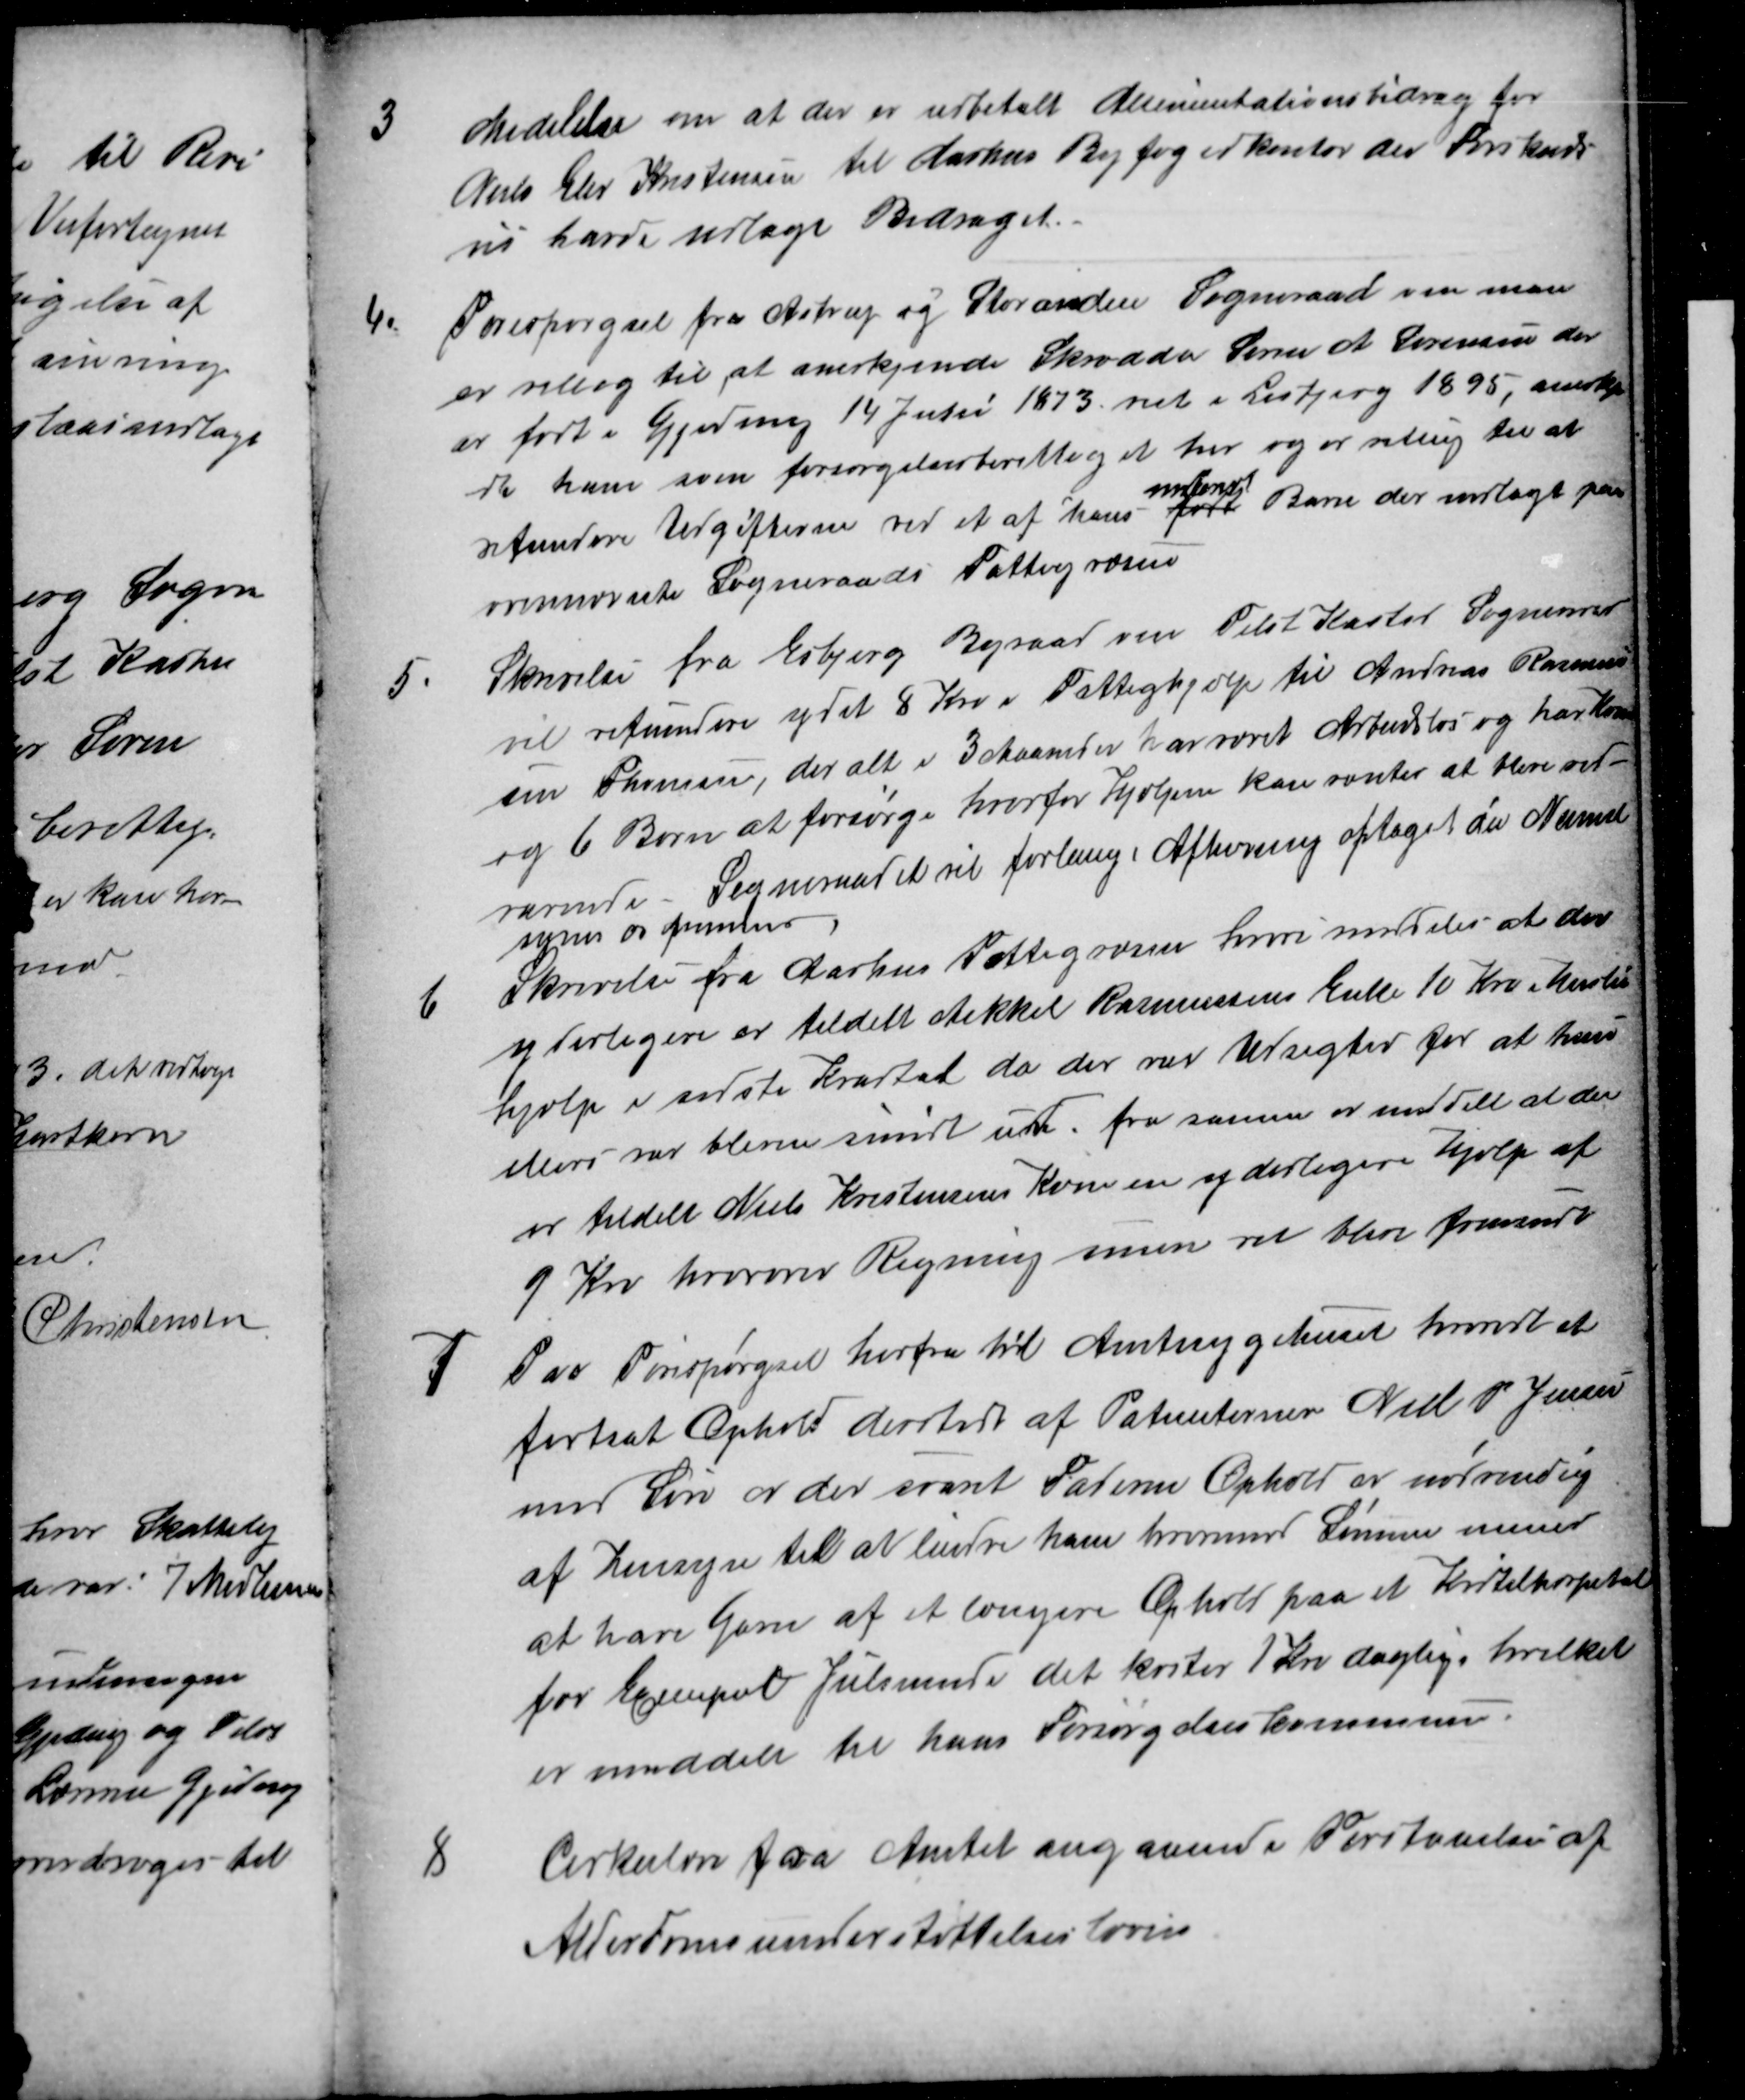
Transskription:
3
Medelelse om at der er udbetalt Alimentationsbidrag for
Niels Eler Kristensen til Aarhus Byfogedkontor der Forskuds-
vis havde udlagt Bidraget.
4.
Forespørgsel fra Astrup og Storarden Sogneraad om man
er villig til at anerkjende Skrædder Søren A. Sørensen der
er født i Gjeding 14 Juli 1873 viet i Lisbjerg 1895, anerkjen
dte ham som forsørgelsesberettiget her og er villig til at 
refundere Udgifterne ved et af hans født 
mindste
Børn der indlagt paa
ovennævnte Sogneraads Fattigvæsen
5
Skrivelse fra Esbjerg Byraad om Tilst Kasted Sogneraad
vil refundere ydet 8 Kro i Fattighjælp til Andreas Rasmus
sen Thomsen, der alt i 3 Maaneder har været Arbejdsløs og har Kone
og 6 Børn at forsørge hvorfor Hjælpen kan ventes at blive ved-
varende. Sogneraadet vil forlange Afhøring optaget da Navnet
synes os fremmed
6
Skrivelse fra Aarhus Fattigvæsen hvori meddeles at der
yderligere er tildelt Mikkel Rasmussens Enke 10 Kro Husleie-
hjælp i sidste Kvartal da der var Udsigter for at hun
ellers var bleven smidt ud. fra samme er meddelt at der
er tildelt Niels Kristensens Kone en yderligere Hjælp af 
9 Kro hvorover Regning som vil blive fremsendt
7
Paa Forespørgsel herfra til Amtssygehuset hvorvidt et
fortsat Ophold dersteds af Patienterne Niels P. Jensen
med Søn er der svaret Faderens Ophold er nødvendig
af Hensyn til at lindre ham hvorimod Sønnen menes
at have Gavn af et længere Ophold paa et Kirtelhospital
for Exempel Julsminde det koster 1 Kr daglig, hvilket
er meddelt til hans Forsørgelseskommune
8
Cirkulære fra Amtet angaaende Forstaaelsen af
Alderdomsunderstøttelsesloven